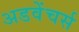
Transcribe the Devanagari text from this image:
अडवेंचर्स